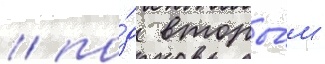
/ по́д вторы́м -